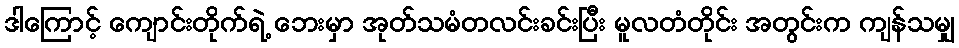
ဒါကြောင့် ကျောင်းတိုက်ရဲ့ ဘေးမှာ အုတ်သမံတလင်းခင်းပြီး မူလတံတိုင်း အတွင်းက ကျန်သမျှ